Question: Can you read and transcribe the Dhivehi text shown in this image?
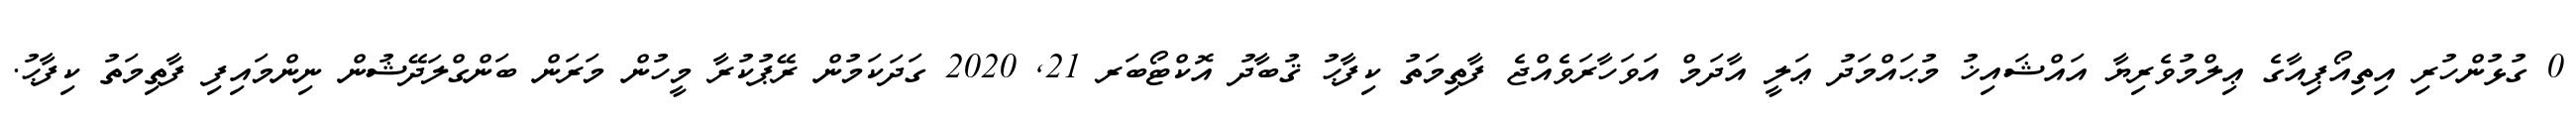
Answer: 0 ގުޅުންހުރި އިތިއޯޕިއާގެ ޢިލްމުވެރިޔާ އައްޝައިޚު މުޙައްމަދު ޢަލީ އާދަމް އަވަހާރަވެއްޖެ ފާތިމަތު ކިފާޙު ޤުބާދު އޮކްޓޯބަރ 21, 2020 ގަދަކަމުން ރޭޕުކުރާ މީހުން މަރަން ބަންގްލަދޭޝުން ނިންމައިފި ފާތިމަތު ކިފާޙު.